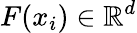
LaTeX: F(x_{i})\in\mathbb{R}^{d}